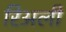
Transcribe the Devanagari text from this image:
रिअली